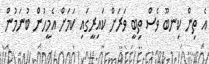
އެ ތިން ކިނބޫ ވެސް ތިބީ ވަރަށް ކައިރީގައި ކަމަށް އެމީހުން ބުނަމުން